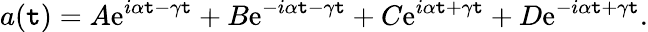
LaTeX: a(\mathtt{t})=A\mathrm{e}^{i\alpha\mathtt{t}-\gamma\mathtt{t}}+B\mathrm{e}^{-i\alpha\mathtt{t}-\gamma\mathtt{t}}+C\mathrm{e}^{i\alpha\mathtt{t}+\gamma\mathtt{t}}+D\mathrm{e}^{-i\alpha\mathtt{t}+\gamma\mathtt{t}}.